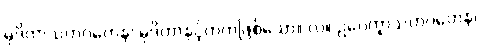
မုဒိတာသဟဂတေန၊ မုဒိတာနှင့်တကွဖြစ်သော။ လ။ ဥပေက္ခာသဟဂတေန၊